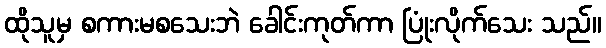
ထိုသူမှ စကားမစသေးဘဲ ခေါင်းကုတ်ကာ ပြုံးလိုက်သေး သည်။